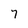
Character: 7